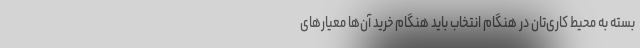
بسته به محیط کاری‌تان در هنگام انتخاب باید هنگام خرید آن‌ها معیارهای